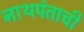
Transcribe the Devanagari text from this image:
नाथपंताची